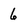
Character: 6